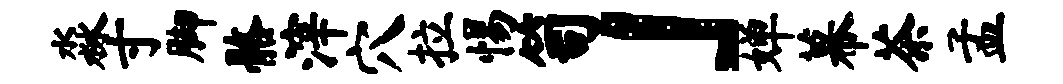
淼寸脚髂滓穴拉惕笥」婵幕茶孟